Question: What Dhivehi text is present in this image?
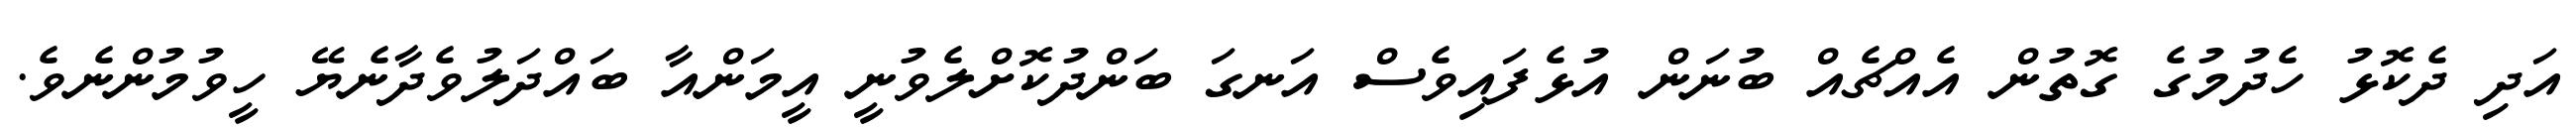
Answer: އަދި ދެކޮޅު ހެދުމުގެ ގޮތުން އެއްޗެއް ބުނަން އުޅެފައިވެސް އަނގަ ބަންދުކޮށްލެވުނީ އީމަންއާ ބައްދަލުވެދާނެޔޭ ހީވުމުންނެވެ.